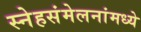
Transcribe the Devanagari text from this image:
स्नेहसंमेलनांमध्ये